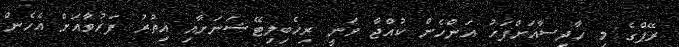
ރޭޕްގެ މި ހާދިސާއަށްފަހު އަންހެން ކުއްޖާ ވަނީ ރިހެބިލިޓޭޝަނަށާއި އިތުރު ފަރުވާއަށް އެހެން